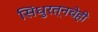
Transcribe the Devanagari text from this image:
सिंधुरत्नचेही